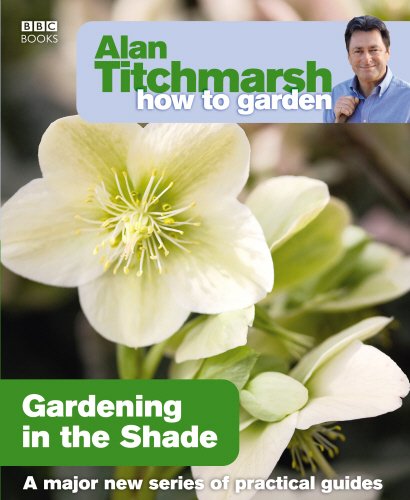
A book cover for Alan Titchmarsh How to Garden: Gardening in the Shade; Alan Titchmarsh; Crafts, Hobbies & Home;